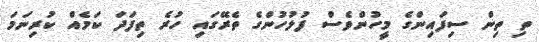
ތި ތިން ސިފައިންގެ މީހުންވެސް ފުލުހުންގެ ތެރޭގައި ހުރެ ތިފަދަ ކަމެއް ކުރިނަމަ